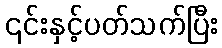
၎င်းနှင့်ပတ်သက်ပြီး